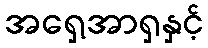
အရှေ့အာရှနှင့်